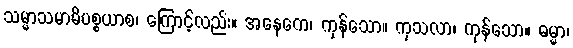
သမ္မာသမာဓိပစ္စယာစ၊ ကြောင့်လည်း။ အနေကေ၊ ကုန်သော။ ကုသလာ၊ ကုန်သော။ ဓမ္မာ၊